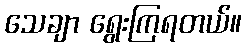
သေချာ ရွေးကြရတယ်။